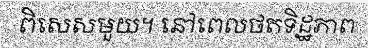
ពិសេសមួយ។ នៅពេលថតទិដ្ឋភាព